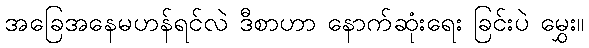
အခြေအနေမဟန်ရင်လဲ ဒီစာဟာ နောက်ဆုံးရေး ခြင်းပဲ မွှေး။